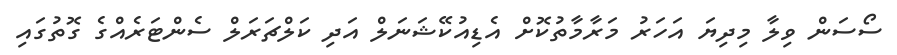
ސޯސަން ވިލާ މިދިޔަ އަހަރު މަރާމާތުކޮށް އެޑިއުކޭޝަނަލް އަދި ކަލްޗަރަލް ސެންޓަރެއްގެ ގޮތުގައި